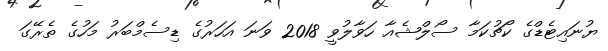
ޔުނައިޓެޑްގެ ކޯޗުކަމާ ސޯލްޝެއާ ހަވާލުވީ 2018 ވަނަ އަހަރުގެ ޑިސެމްބަރު މަހުގެ ތެރޭގަ